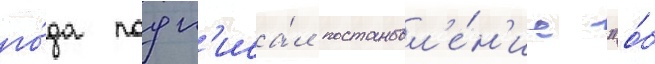
го́да подп'иса́л постановл'е́н'ие "о́б